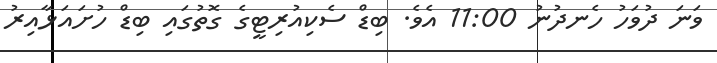
ވަނަ ދުވަހު ހެނދުނު 11:00 އެވެ. ބިޑް ސެކިއުރިޓީގެ ގޮތުގައި ބިޑް ހުށައަޅާއިރު